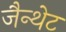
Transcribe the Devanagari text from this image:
जैन्थेट